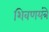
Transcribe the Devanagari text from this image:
शिवणयंत्रे